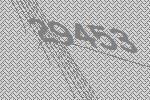
29453